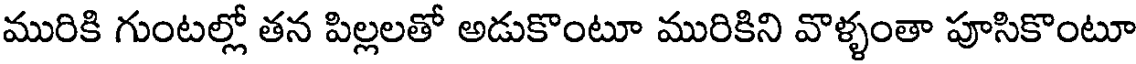
మురికి గుంటల్లో తన పిల్లలతో అడుకొంటూ మురికిని వొళ్ళంతా పూసికొంటూ